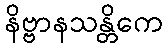
နိဗ္ဗာနသန္တိကေ